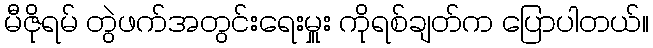
မီဇိုရမ် တွဲဖက်အတွင်းရေးမှူး ကိုရစ်ချတ်က ပြောပါတယ်။